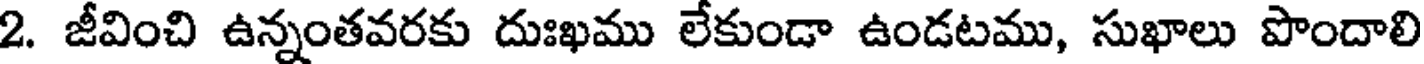
2. జీవించి ఉన్నంతవరకు దుఃఖము లేకుండా ఉండటము, సుఖాలు పొందాలి